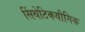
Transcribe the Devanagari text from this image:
सिंथेटिकयौगिक